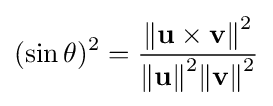
({\sin \theta })^{2}={\frac {{\Vert \mathbf {u} \times \mathbf {v} \Vert }^{2}}{{\Vert \mathbf {u} \Vert }^{2}{\Vert \mathbf {v} \Vert }^{2}}}